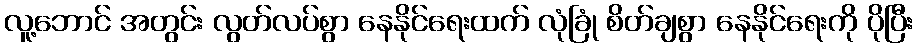
လူ့ဘောင် အတွင်း လွတ်လပ်စွာ နေနိုင်ရေးထက် လုံခြုံ စိတ်ချစွာ နေနိုင်ရေးကို ပိုပြီး